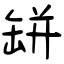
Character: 缾